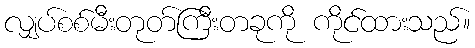
လျှပ်စစ်မီးတုတ်ကြီးတခုကို ကိုင်ထားသည်။